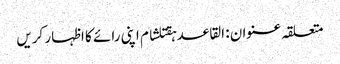
متعلقہ عنوان : القاعدہقتلشام اپنی رائے کا اظہار کریں